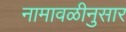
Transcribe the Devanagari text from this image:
नामावळीनुसार